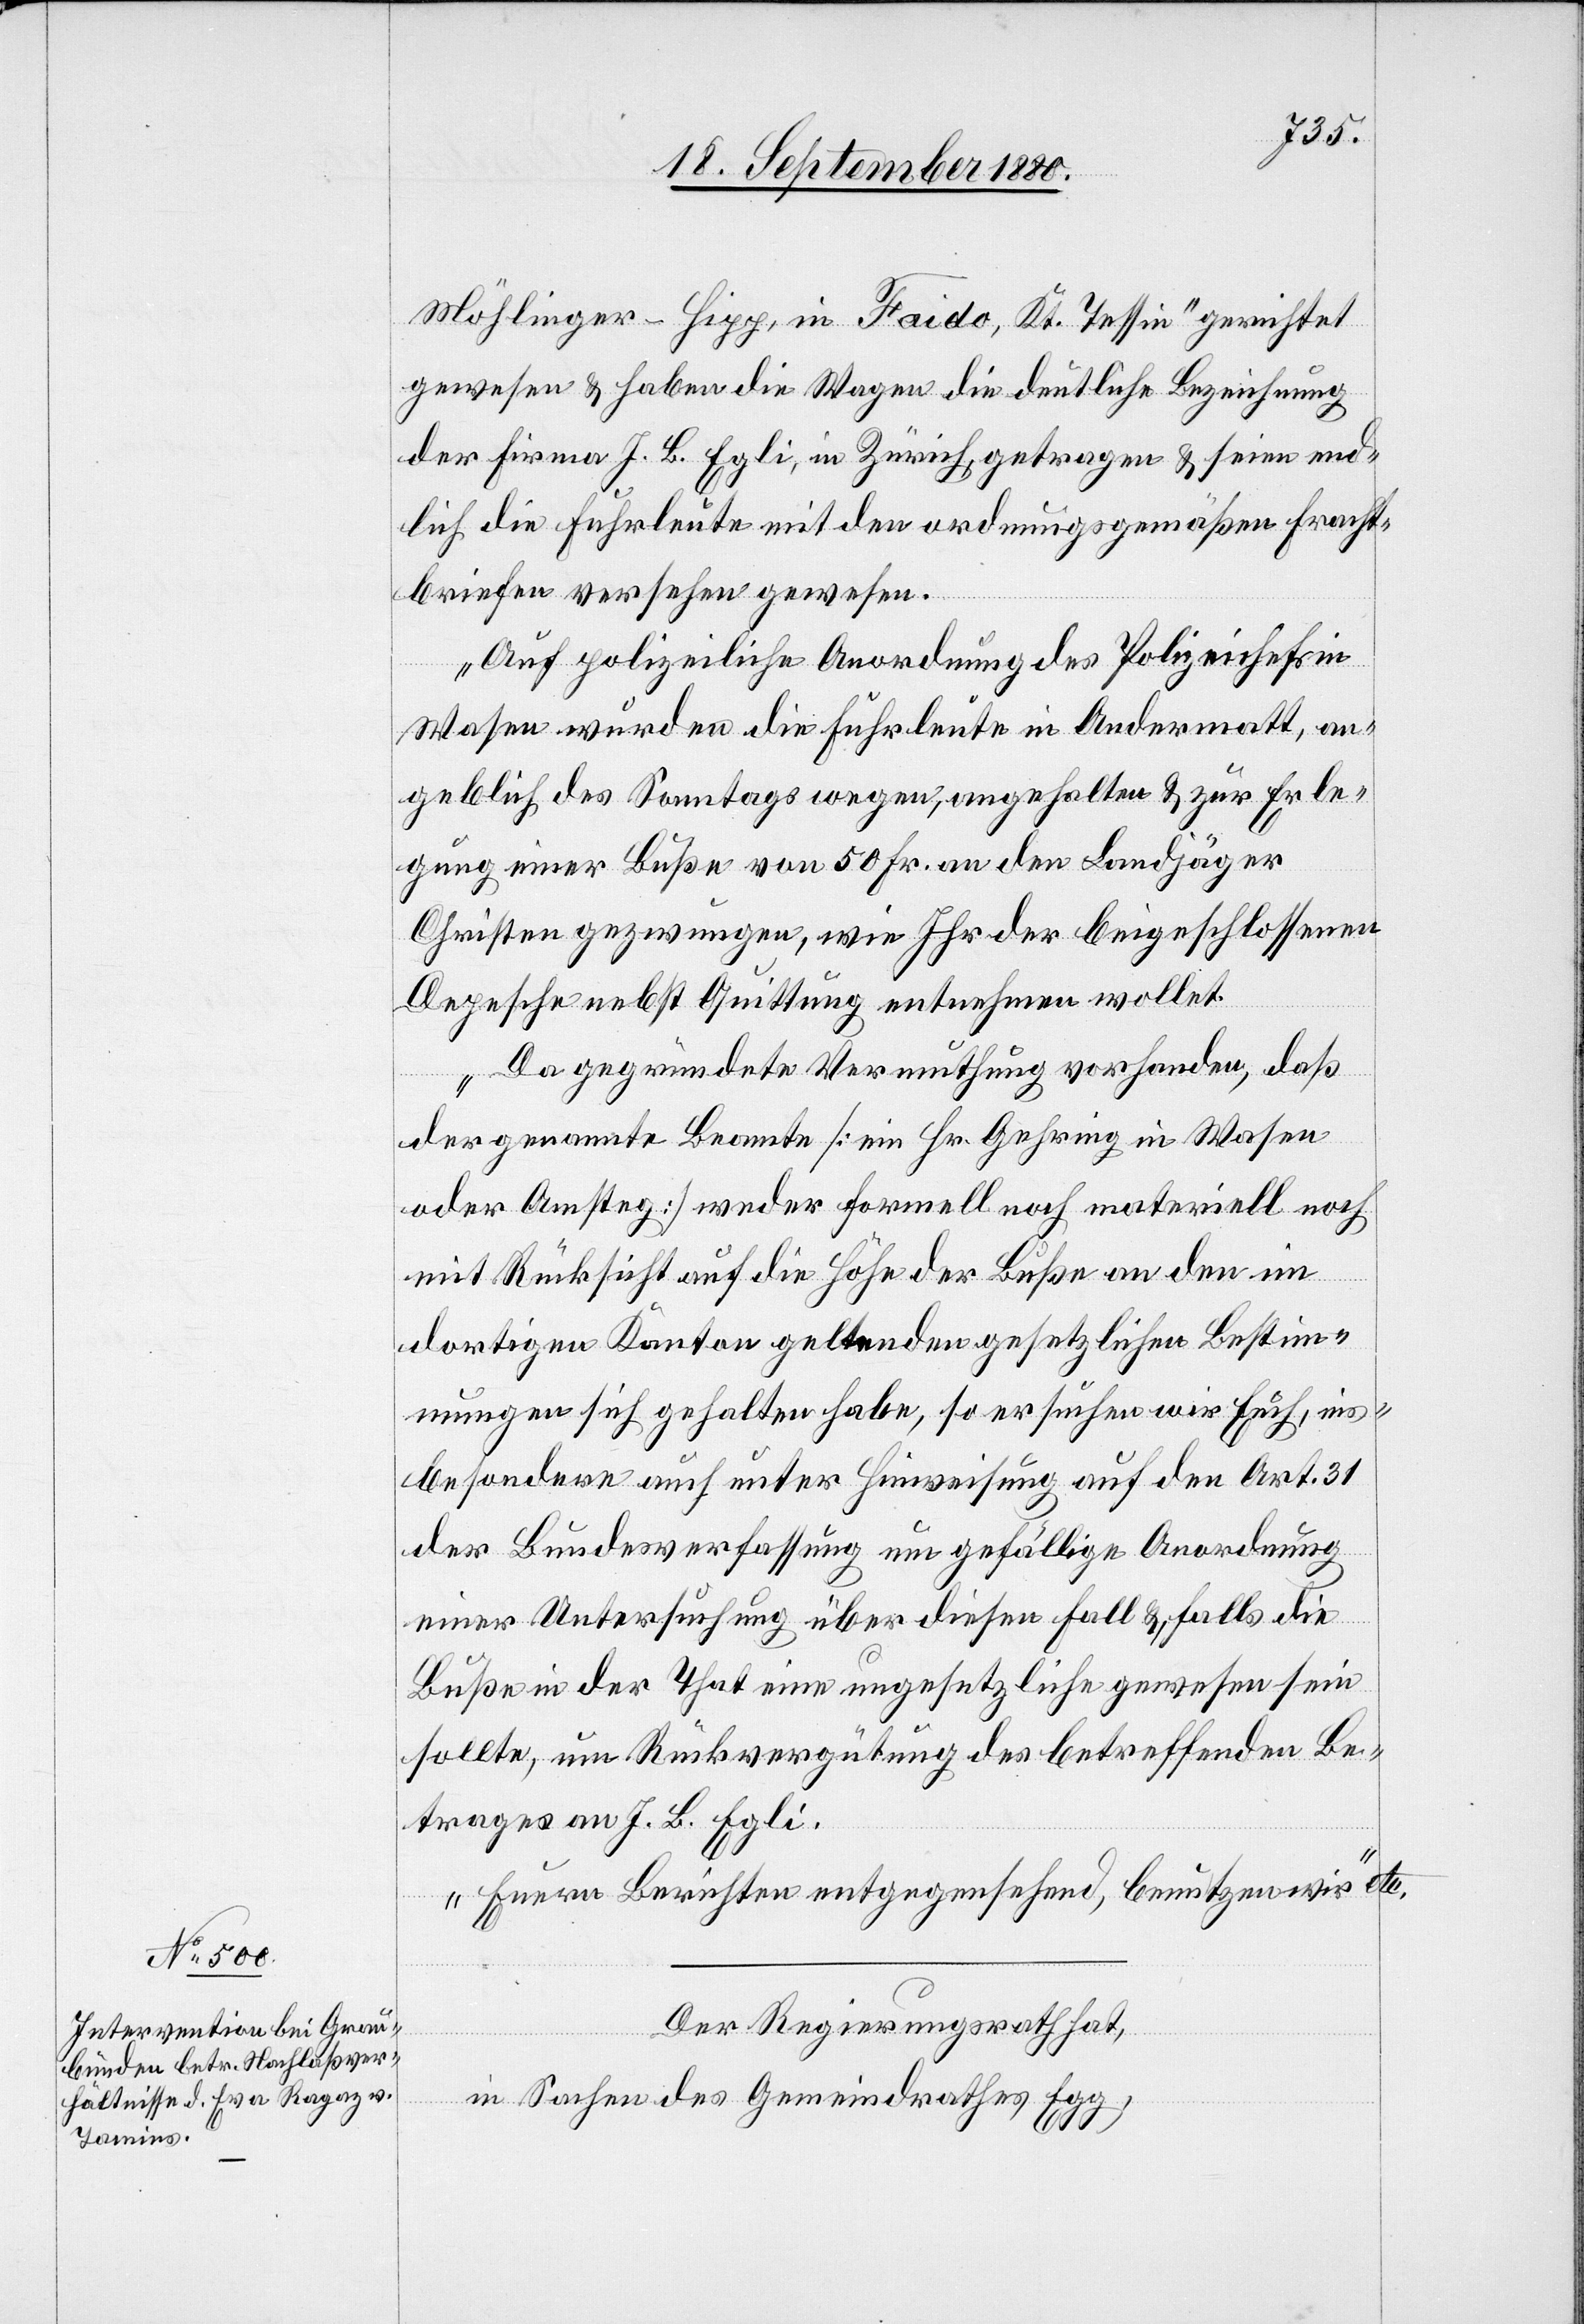
Möhlinger-Sigg, in Faido, Kt. Tessin“ gerichtet
gewesen & haben die Wagen die deutliche Bezeichnung
der Firma J. B. Egli, in Zürich, getragen & seien end¬
lich die Fuhrleute mit den ordnungsgemäßen Fracht¬
briefen versehen gewesen.
Auf polizeiliche Anordnung des Polizeichefs in
Wasen wurden die Fuhrleute in Andermatt, an¬
geblich des Sonntags wegen, angehalten & zur Erle¬
gung einer Buße von 50 Fr. an den Landjäger
Christen gezwungen, wie Ihr der beigeschlossenen
Depesche nebst Quittung entnehmen wollet.
Da gegründete Vermuthung vorhanden, daß
der genannte Beamte [ein Hr. Gehring in Wasen
oder Amsteg] weder formell noch materiell noch
mit Rücksicht auf die Höhe der Buße an den
dortigen Kanton geltenden gesetzlichen Bestim¬
mungen sich gehalten habe, so ersuchen wir Euch, ins¬
besondere auch unter Hinweisung auf den Art. 31
der Bundesverfassung um gefällige Anordnung
einer Untersuchung über diesen Fall &, falls die
Buße in der That eine ungesetzliche gewesen sein
sollte, um Rückvergütung des betreffenden Be¬
trages an J. B. Egli.
Euren Berichten entgegensehend, benutzen wir“ etc.
Der Regierungsrath hat,
in Sachen des Gemeindrathes Egg,